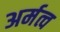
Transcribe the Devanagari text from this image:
अर्मत्व